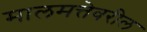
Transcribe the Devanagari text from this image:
मालमत्तेवरील